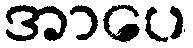
အာပေ